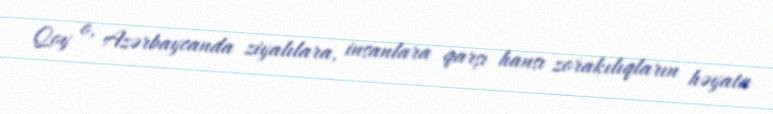
Qoy o, Azərbaycanda ziyalılara, insanlara qarşı hansı zorakılıqların həyata